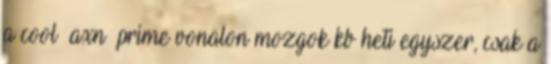
a cool axn prime vonalon mozgok kb heti egyszer, csak a